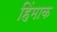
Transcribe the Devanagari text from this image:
हिंमाक